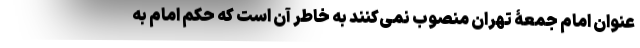
عنوان امام جمعۀ تهران منصوب نمی‌کنند به خاطر آن است که حکم امام به